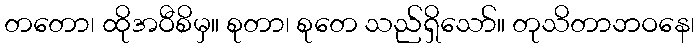
တတော၊ ထိုအဝီစိမှ။ စုတာ၊ စုတေ သည်ရှိသော်။ တုသိတာဘဝနေ၊